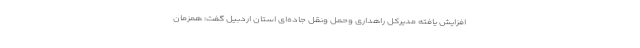
افزایش یافته مدیرکل راهداری وحمل ونقل جاده‌ای استان اردبیل گفت: همزمان